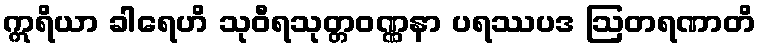
ဣရိယာ ခါရေဟိ သုဝီရသုတ္တဝဏ္ဏနာ ပရဿပဒ ဩတရဏာတိ